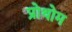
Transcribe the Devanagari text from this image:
प्रोथोम